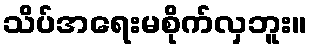
သိပ်အရေးမစိုက်လှဘူး။